Medical and sanitary report of the native army of Madras for the year
Year: 1877
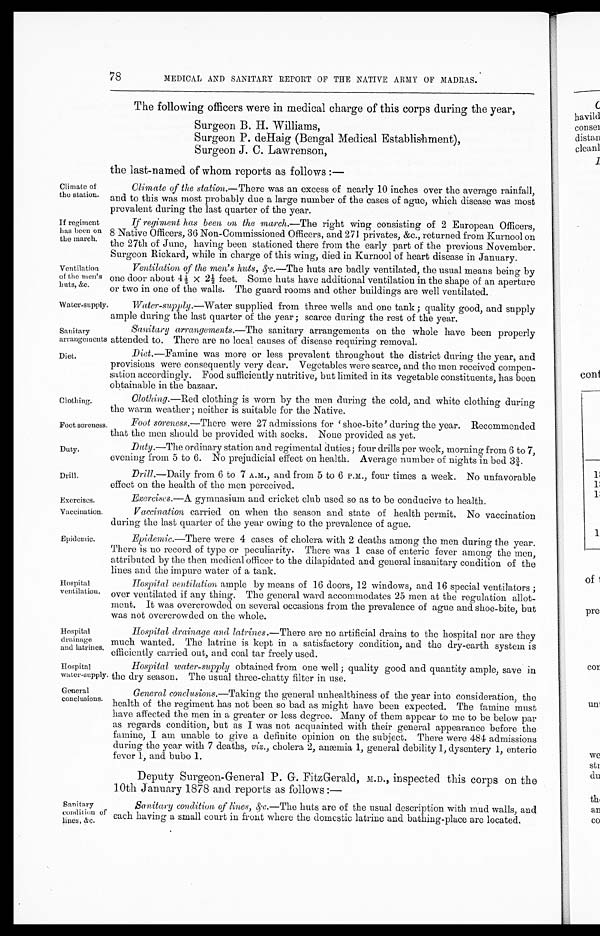
Ventilation of the men's huts, &c. —The huts are badly ventilated, the usual means being by
one door about 4½ x 2½ feet. Some huts have additional ventilation in the shape of an aperture
or two in one of the walls. The guard rooms and other buildings are well ventilated.
Sanitary
arrangements
Diet—.Famine was more or less prevalent throughout the district during the year, and
provisions were consequently very dear. Vegetables were scarce, and the men received compen-
sation accordingly. Food sufficiently nutritive, but limited in its vegetable constituents, has been
obtainable in the bazaar.
Ventilation
of the men's
huts, &c.
Diet.
Water-supply .—Water supplied from three wells and one tank ; quality good, and supply
ample during the last quarter of the year ; scarce during the rest of the year.
Sanitary arrangements.— The sanitary arrangements on the whole have been properly
attended to. There are no local causes of disease requiring removal.
Foot soreness
Duty.
Drill.
Exercises.
Vaccination.
Epidemic
Hospital
drainage
and latrines,
Hospital
water-supply.
General
conclusions.
78
MEDICAL AND SANITARY REPORT OF THE NATIVE ARMY OF MADRAS.
The following officers were in medical charge of this corps during the year,
Surgeon B. H. Williams,
Surgeon P. deHaig (Bengal Medical Establishment),
Surgeon J. C. Lawrenson,
the last-named of whom reports as follows ;—
Climate of
the station.
If regiment
has been on
the march.
Climate of the station.— There was an excess of nearly 10 inches over the average rainfall,
and to this was most probably due a large number of the cases of ague, which disease was most
prevalent during the last quarter of the year.
If regiment has been on the march .—The right wing consisting of 2 European Officers,
8 Native Officers, 36 Non-Commissioned Officers, and 271 privates, &c., returned from Kurnool on
the 27th of June, having been stationed there from the early part of the previous November.
Surgeon Rickard, while in charge of this wing, died in Kurnool of heart disease in January.
Clothing.
Hospital
ventilation.
Clothing—Red
clothing is worn by the men during the cold, and white clothing during
the warm weather ; neither is suitable for the Native.
Foot soreness.—There were 27 admissions for 'shoe-bite' during the year. Recommended
that the men should be provided with socks. None provided as yet.
Duty .—The ordinary station and regimental duties; four drills per week, morning from 6 to 7,
evening from 5 to 6. No prejudicial effect on health. Average number of nights in bed 3¾.
Drill.—Daily from 6 to 7 A.M., and from 5 to 6 P.M., four times a week. No unfavorable
effect on the health of the men perceived.
Exerciscs.— A gymnasium and cricket club used so as to be conducive to health.
Vaccination carried on when the season and state of health permit. No vaccination
during the last quarter of the year owing to the prevalence of ague.
Epidemic.—There were 4 cases of cholera with 2 deaths among the men during the year.
There is no record of type or peculiarity. There was 1 case of enteric fever among the men,
attributed by the then medical officer to the dilapidated and general insanitary condition of the
lines and the impure water of a tank.
Hospital ventilation ample by means of 16 doors, 12 windows, and 16 special ventilators ;
over ventilated if any thing. The general ward accommodates 25 men at the regulation allot--
ment. It was overcrowded on several occasions from the prevalence of ague and shoe-bite, but
was not overcrowded on the whole.
Hospital drainage and latrines.— There are no artificial drains to the hospital nor are they
much wanted. The latrine is kept in a satisfactory condition, and the dry-earth system is
efficiently carried out, and coal tar freely used.
Hospital water-supply obtained from one well ; quality good and quantity ample, save in
the dry season. The usual three-chatty filter in use.
General conclusions.— Taking the general unhealthiness of the year into consideration, the
health of the regiment has not been so bad as might have been expected. The famine must
have affected the men in a greater or less degree. Many of them appear to me to be below par
as regards condition, but as I was not acquainted with their general appearance before the
famine, I am unable to give a definite opinion on the subject. There were 484 admissions
during the year with 7 deaths, viz., cholera 2, anæmia 1, general debility 1, dysentery 1, enteric
fever 1, and bubo 1.
Sanitary
condition of
lines, &c.
Deputy Surgeon-General P. G. FitzGerald, M.D., inspected this corps on the
10th January 1878 and reports as follows :—
Sanitary condition of lines, &c. —The huts are of the usual description with mud walls, and
each having a small court in front where the domestic latrine and bathing-place arc located.